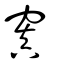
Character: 窴